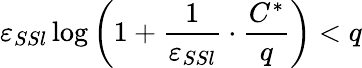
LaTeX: \varepsilon_{SSl}\log\left(1+\frac{1}{\varepsilon_{SSl}}\cdot\frac{C^{*}}{q}\right)<q